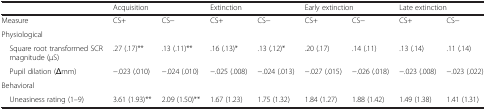
<table><thead><tr><td></td><td colspan="2"><b>Acquisition</b></td><td colspan="2"><b>Extinction</b></td><td colspan="2"><b>Early extinction</b></td><td colspan="2"><b>Late extinction</b></td></tr></thead><tbody><tr><td>Measure</td><td>CS+</td><td>CS−</td><td>CS+</td><td>CS−</td><td>CS+</td><td>CS−</td><td>CS+</td><td>CS−</td></tr><tr><td>Physiological</td><td></td><td></td><td></td><td></td><td></td><td></td><td></td><td></td></tr><tr><td> Square root transformed SCR magnitude (μS)</td><td>.27 (.17)**</td><td>.13 (.11)**</td><td>.16 (.13)*</td><td>.13 (.12)*</td><td>.20 (.17)</td><td>.14 (.11)</td><td>.13 (.14)</td><td>.11 (.14)</td></tr><tr><td> Pupil dilation (Δmm)</td><td>−.023 (.010)</td><td>−.024 (.010)</td><td>−.025 (.008)</td><td>−.024 (.013)</td><td>−.027 (.015)</td><td>−.026 (.018)</td><td>−.023 (.008)</td><td>−.023 (.022)</td></tr><tr><td>Behavioral</td><td></td><td></td><td></td><td></td><td></td><td></td><td></td><td></td></tr><tr><td> Uneasiness rating (1–9)</td><td>3.61 (1.93)**</td><td>2.09 (1.50)**</td><td>1.67 (1.23)</td><td>1.75 (1.32)</td><td>1.84 (1.27)</td><td>1.88 (1.42)</td><td>1.49 (1.38)</td><td>1.41 (1.31)</td></tr></tbody></table>